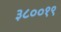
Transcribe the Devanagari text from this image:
३८००१९